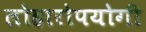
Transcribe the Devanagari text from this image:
लोहारोपयोगी